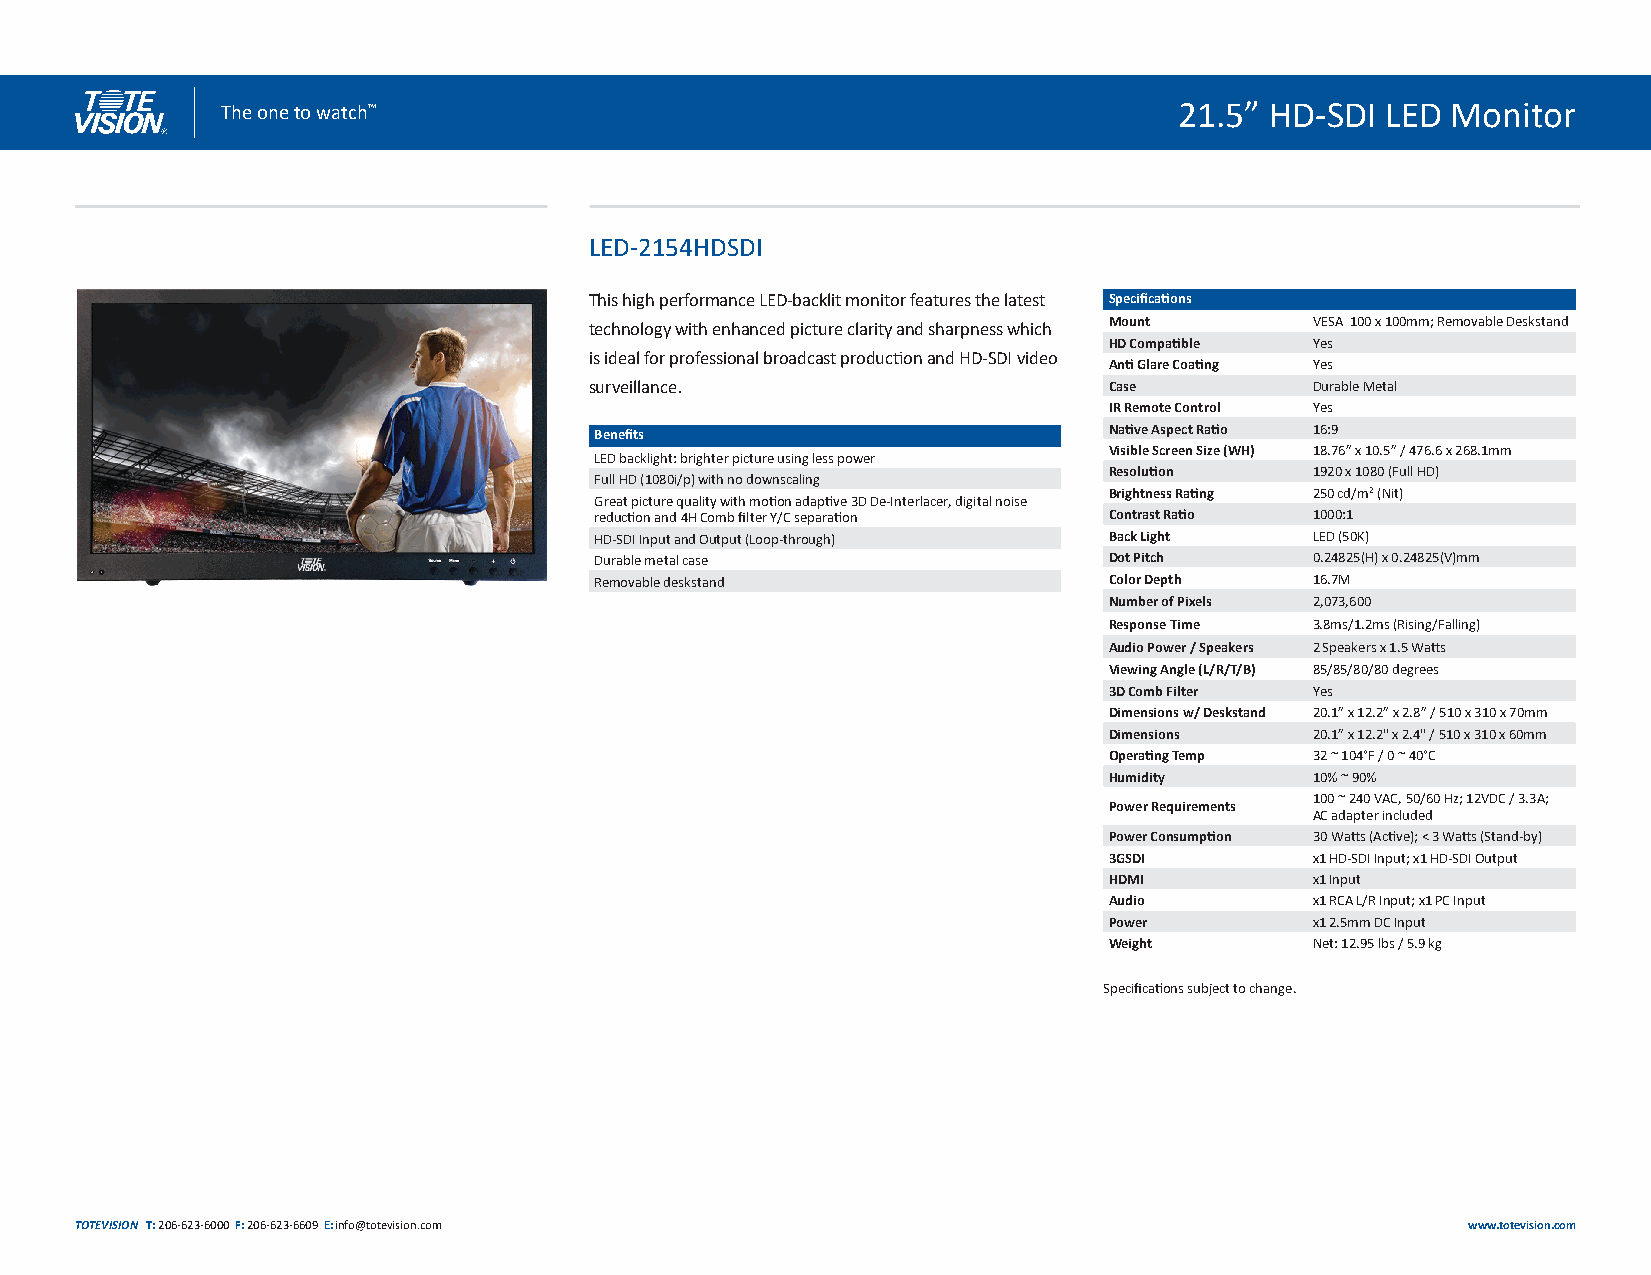
The one to watch™                                              21.5” HD-SDI  LED Monitor
 LED-2154HDSDI
 This high performance LED-backlit monitor features the latest Specifications
 technology with enhanced picture clarity and sharpness which Mount VESA 100 x 100mm; Removable Deskstand
 HD Compatible Yes
 is ideal for professional broadcast production and HD-SDI video
 Anti Glare Coating Yes
 surveillance.                     Case          Durable Metal
 IR Remote Control Yes
 Benefits                          Native Aspect Ratio 16:9
 Visible Screen Size (WH) 18.76” x 10.5” / 476.6 x 268.1mm
 LED backlight: brighter picture using less power
 Resolution    1920 x 1080 (Full HD)
 Full HD (1080i/p) with no downscaling
 Brightness Rating 250 cd/m² (Nit)
 Great picture quality with motion adaptive 3D De-Interlacer, digital noise
 reduction and 4H Comb filter Y/C separation Contrast Ratio 1000:1
 HD-SDI Input and Output (Loop-through) Back Light LED (50K)
 Durable metal case                Dot Pitch     0.24825(H) x 0.24825(V)mm
 Removable deskstand               Color Depth   16.7M
 Number of Pixels 2,073,600
 Response Time 3.8ms/1.2ms (Rising/Falling)
 Audio Power / Speakers 2 Speakers x 1.5 Watts
 Viewing Angle (L/R/T/B) 85/85/80/80 degrees
 3D Comb Filter Yes
 Dimensions w/ Deskstand 20.1” x 12.2” x 2.8” / 510 x 310 x 70mm
 Dimensions    20.1” x 12.2" x 2.4" / 510 x 310 x 60mm
 Operating Temp 32 ~ 104°F / 0 ~ 40°C
 Humidity      10% ~ 90%
 100 ~ 240 VAC, 50/60 Hz; 12VDC / 3.3A;
 Power Requirements
 AC adapter included
 Power Consumption 30 Watts (Active); < 3 Watts (Stand-by)
 3GSDI         x1 HD-SDI Input; x1 HD-SDI Output
 HDMI          x1 Input
 Audio         x1 RCA L/R Input; x1 PC Input
 Power         x1 2.5mm DC Input
 Weight        Net: 12.95 lbs / 5.9 kg
 Specifications subject to change.
 TOTEVISION T: 206-623-6000 F: 206-623-6609 E: info@totevision.com                           www.totevision.com